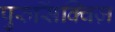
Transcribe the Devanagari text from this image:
पुरुसिंक्विज़